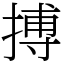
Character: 搏